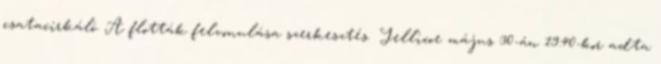
csatacirkáló. A flották felvonulása szerkesztés Jellicoe május 30-án 19:40-kor adta